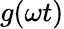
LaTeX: g(\omega t)